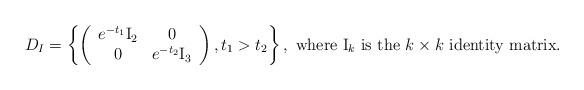
LaTeX: \begin{align*}D_I=\left\{\left(\begin{array}{cc}e^{-t_1} \mathrm{I}_2 & 0 \\ 0 & e^{-t_2} \mathrm{I}_3 \\ \end{array} \right), t_1>t_2\right\}, \textrm{ where } \mathrm{I}_k \textrm{ is the $k\times k$ identity matrix.}\end{align*}